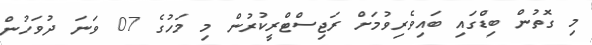
މި ގޮތުން ބިޑްގައި ބައިވެރިވުމަށް ރަޖިސްޓްރީކުރުން މި މަހުގެ 07 ވަނަ ދުވަހުން